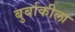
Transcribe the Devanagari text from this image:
बुर्बाकीला